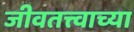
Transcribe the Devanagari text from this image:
जीवतत्त्वाच्या